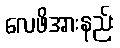
လေဖိအားနည်း